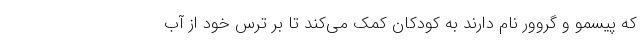
که پیسمو و گروور نام دارند به کودکان کمک می‌کند تا بر ترس خود از آب